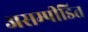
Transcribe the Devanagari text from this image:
असम्पीडित